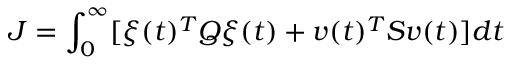
\boldsymbol { J } = \int _ { 0 } ^ { \infty } [ \boldsymbol { \xi } ( t ) ^ { T } \boldsymbol { Q } \boldsymbol { \xi } ( t ) + \boldsymbol { v } ( t ) ^ { T } \boldsymbol { S } \boldsymbol { v } ( t ) ] d t